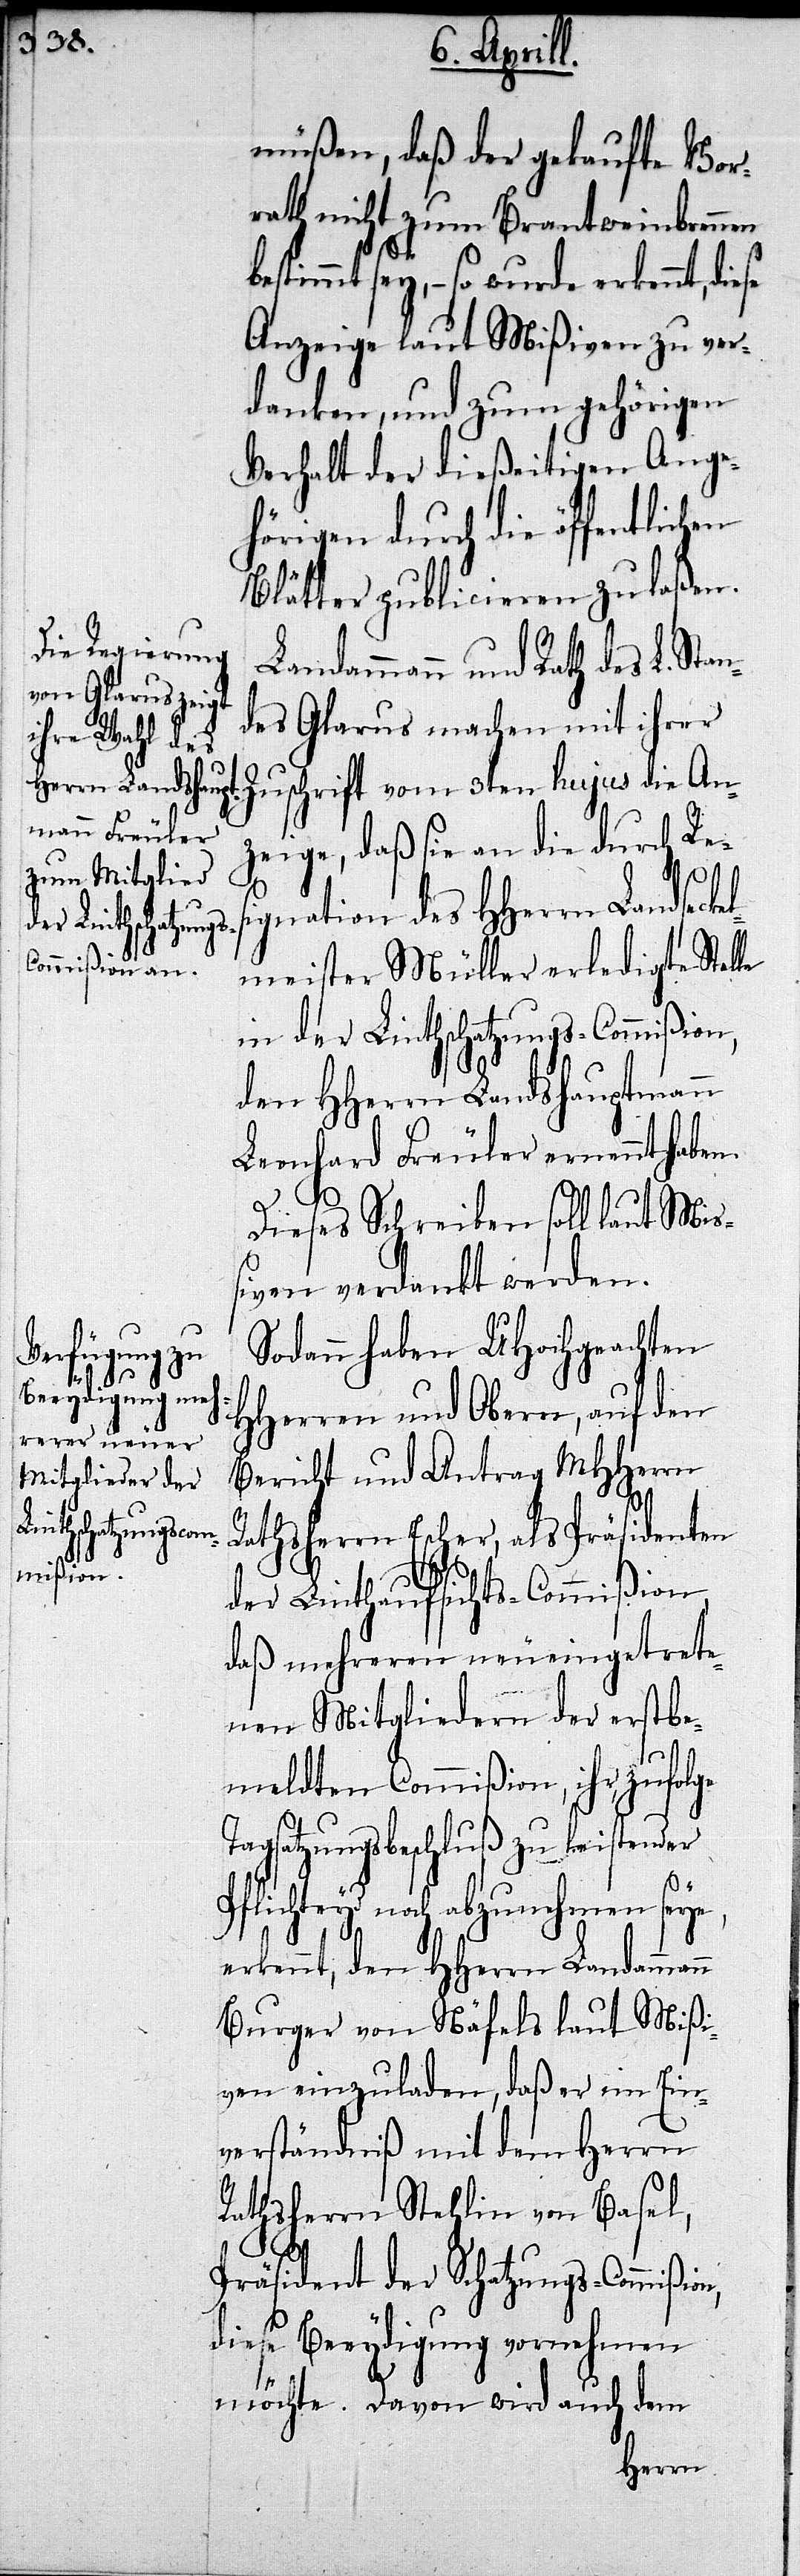
müßen, daß der gekaufte Vor¬
rath nicht zum Brantweinbrennen
estimmt sey,– so wurde erkennt,
Anzeige laut Mißiven zu ver¬
danken, und zum gehörigen
Verhalt der dießseitigen Ange¬
hörigen durch die öffentlichen
Blätter publicieren zu laßen.
Landammann und Rath des L. Sta¬
ndes Glarus machen mit ihrer
Zuschrift vom 3ten hujus die An¬
zeige, daß sie an die durch Res¬
n,
ignation des HHerrn Landseckel¬
meister Müller erledigten Stelle
in der Linthschatzungs-Commißion
den HHerrn Landshauptmann
Leonhard Freuler ernannt haben.
Dieses Schreiben soll laut Miß¬
iven verdankt werden.
Sodann haben UHochgeachten
HHerren und Obern, auf den
Bericht und Antrag MHHerrn
Rathsherrn Escher, als Präsidenten
der Linthaufsichts-Commißion,
daß mehreren neueingetrete¬
nen Mitgliedern der erstbe¬
meldten Commißion, ihr, zufol¬
Tagsatzungsbeschluß zu leistender
Plichteyd noch abzunehmen seye,
erkennt, den HHerrn Landammann
Burger von Näfels laut Mißi¬
ven einzuladen, daß er im Ein¬
verständniß mit dem Herrn
Rathsherrn Stehlin von Basel,
Präsident der Schatzungs-Commißio¬
diese Beeydigung vornehmen
möchte. Davon wird auch dem